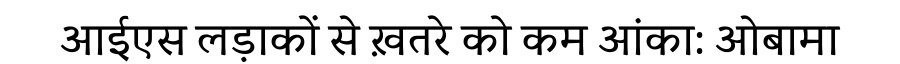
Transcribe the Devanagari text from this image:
आईएस लड़ाकों से ख़तरे को कम आंका: ओबामा